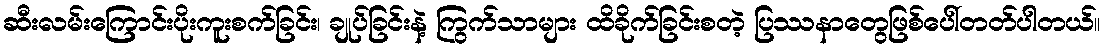
ဆီးလမ်းကြောင်းပိုးကူးစက်ခြင်း၊ ချုပ်ခြင်းနဲ့ ကြွက်သာများ ထိခိုက်ခြင်းစတဲ့ ပြဿနာတွေဖြစ်ပေါ်တတ်ပါတယ်။